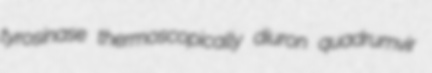
tyrosinase thermoscopically diuron quadrumvir